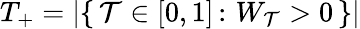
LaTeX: T_{+}=\left|\{ \, \mathcal{T}\in[0,1]\, \colon\, W_{\mathcal{T}}>0\, \} \right|